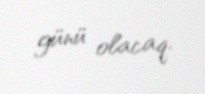
günü olacaq.